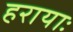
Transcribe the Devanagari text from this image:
हरायाः